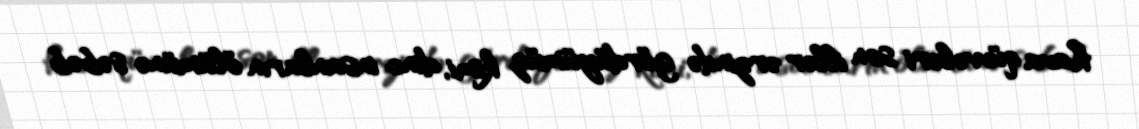
hava qüvvələri son illər ərzində gördüyümüz kimi, dinc insanların ölümünə səbəb